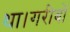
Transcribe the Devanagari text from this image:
था।गरीबों